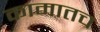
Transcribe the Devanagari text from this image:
कामातच